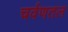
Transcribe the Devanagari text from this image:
चर्वणतल